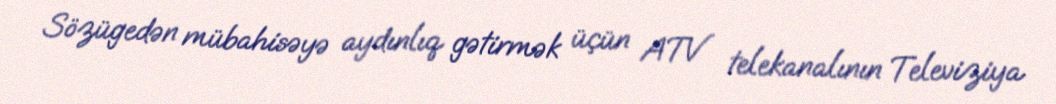
Sözügedən mübahisəyə aydınlıq gətirmək üçün ATV telekanalının Televiziya